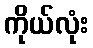
ကိုယ်လုံး